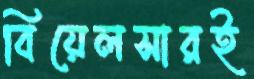
বিয়েলসারই